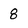
Character: 8